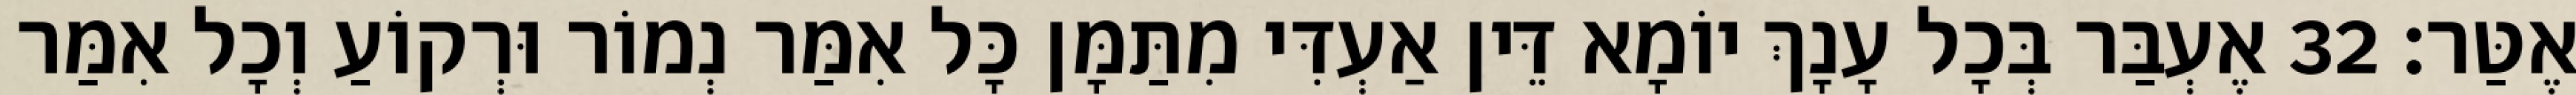
אֶטַּר׃ 32 אֶעְבַּר בְּכָל עָנָךְ יוֹמָא דֵּין אַעְדִּי מִתַּמָּן כָּל אִמַּר נְמוֹר וּרְקוֹעַ וְכָל אִמַּר